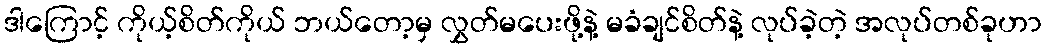
ဒါကြောင့် ကိုယ့်စိတ်ကိုယ် ဘယ်တော့မှ လွှတ်မပေးဖို့နဲ့ မခံချင်စိတ်နဲ့ လုပ်ခဲ့တဲ့ အလုပ်တစ်ခုဟာ